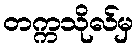
တက္ကသိုလ်မှ